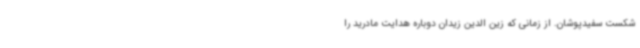
شکست سفیدپوشان. از زمانی که زین الدین زیدان دوباره هدایت مادرید را